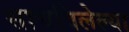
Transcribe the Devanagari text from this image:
साचविलेल्या